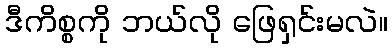
ဒီကိစ္စကို ဘယ်လို ဖြေရှင်းမလဲ။